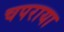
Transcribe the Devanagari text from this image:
चपराया